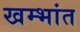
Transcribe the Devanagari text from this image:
खम्भांत